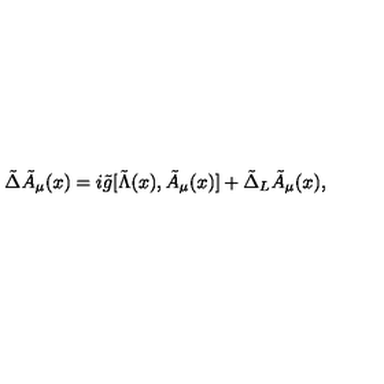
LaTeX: { \tilde { \Delta } } { \tilde { A } } _ { \mu } ( x ) = i { \tilde { g } } [ { \tilde { \Lambda } } ( x ) , { \tilde { A } } _ { \mu } ( x ) ] + { \tilde { \Delta } } _ { L } { \tilde { A } } _ { \mu } ( x ) ,